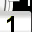
Digit: 1